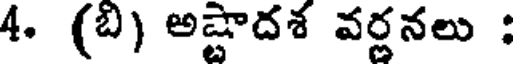
4. (బి) అష్టాదశ వర్ణనలు :